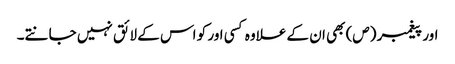
اور پیغمبر (ص) بھی ان کے علاوہ کسی اور کو اس کے لائق نہیں جانتے۔